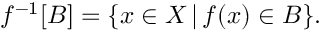
f ^ { - 1 } [ B ] = \{ x \in X \, | \, f ( x ) \in B \} .